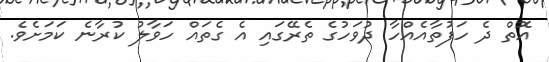
އޮތް ދެ ހަފުތާއެއްހާ ދުވަހުގެ ތެރޭގައި އެ ގެތައް ހަވާލު ކުރާނެ ކަމަށެވެ.